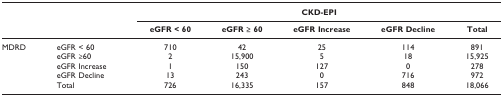
|  |  | <COLSPAN=5> CKD-EPI |
 | --- | --- | --- | --- | --- | --- | --- |
 |  |  | eGFR < 60 | eGFR ≥ 60 | eGFR Increase | eGFR Decline | Total |
 | MDRD | eGFR < 60 | 710 | 42 | 25 | 114 | 891 |
 |  | eGFR ≥60 | 2 | 15,900 | 5 | 18 | 15,925 |
 |  | eGFR Increase | 1 | 150 | 127 | 0 | 278 |
 |  | eGFR Decline | 13 | 243 | 0 | 716 | 972 |
 |  | Total | 726 | 16,335 | 157 | 848 | 18,066 |